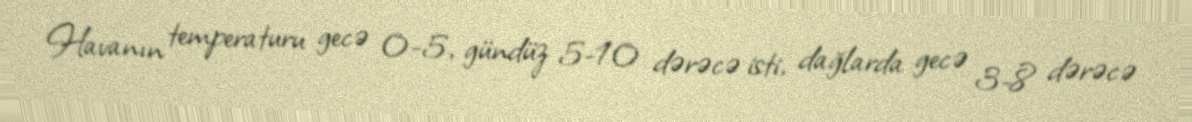
Havanın temperaturu gecə 0-5, gündüz 5-10 dərəcə isti, dağlarda gecə 3-8 dərəcə